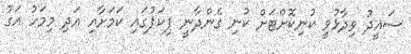
ސައީދު ވިދާޅުވީ ކުނިކޮށްޓަށް ކުނި ގެންދާނީ ޕިކަޕުގައި ކަމަށާއި އަދި މިމަހު އަގު